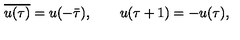
\overline { { u ( \tau ) } } = u ( - \bar { \tau } ) , \qquad u ( \tau + 1 ) = - u ( \tau ) ,